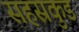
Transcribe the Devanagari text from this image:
सहस्रकुड